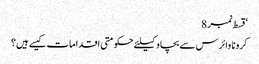
‘قسط نمبر 8
کرونا وائرس سے بچاو کیلئے حکومتی اقدامات کیسے ہیں؟